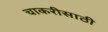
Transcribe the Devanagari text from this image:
चाकरीसाठी